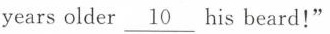
years older \underline{10} his beard!"